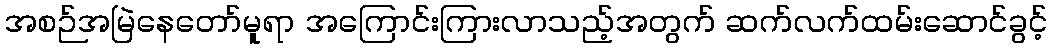
အစဉ်အမြဲနေတော်မူရာ အကြောင်းကြားလာသည့်အတွက် ဆက်လက်ထမ်းဆောင်ခွင့်